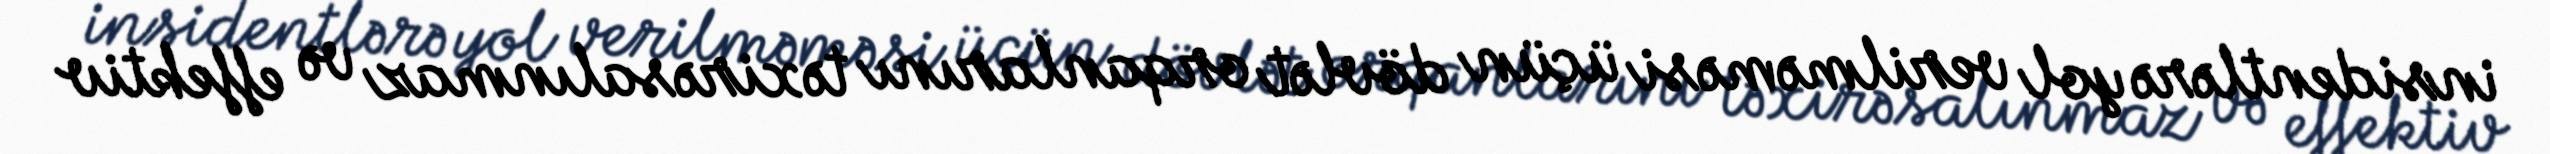
insidentlərə yol verilməməsi üçün dövlət orqanlarını təxirəsalınmaz və effektiv